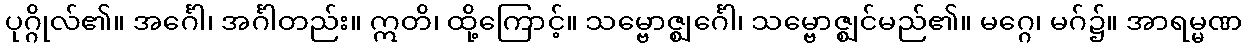
ပုဂ္ဂိုလ်၏။ အင်္ဂေါ၊ အင်္ဂါတည်း။ ဣတိ၊ ထို့ကြောင့်။ သမ္ဗောဇ္ဈင်္ဂေါ၊ သမ္ဗောဇ္ဈင်မည်၏။ မဂ္ဂေ၊ မဂ်၌။ အာရမ္မဏ